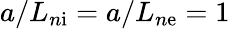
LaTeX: a/L_{n\mathrm{i}}=a/L_{n\mathrm{e}}=1